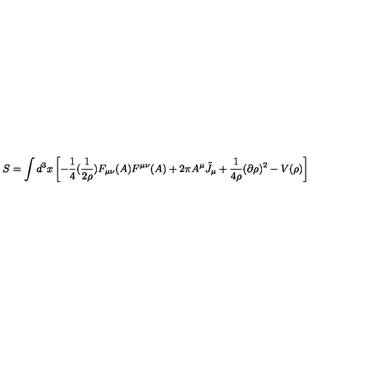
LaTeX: S = \int d ^ { 3 } x \left[ - \frac { 1 } { 4 } ( \frac { 1 } { 2 \rho } ) F _ { \mu \nu } ( A ) F ^ { \mu \nu } ( A ) + 2 \pi A ^ { \mu } { \tilde { J } } _ { \mu } + \frac { 1 } { 4 \rho } ( \partial \rho ) ^ { 2 } - V ( \rho ) \right]